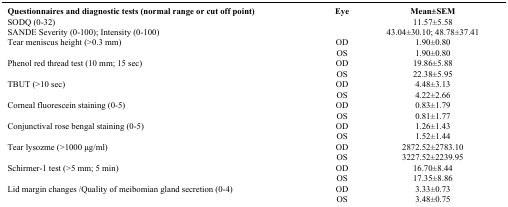
<table><thead><tr><td><b>Questionnaires and diagnostic tests (normal range or cut off point)</b></td><td><b>Eye</b></td><td><b>Mean±SEM</b></td></tr></thead><tbody><tr><td>SODQ (0-32)</td><td> </td><td>11.57±5.58</td></tr><tr><td>SANDE Severity (0-100); Intensity (0-100)</td><td> </td><td>43.04±30.10; 48.78±37.41</td></tr><tr><td>Tear meniscus height (&gt;0.3 mm)</td><td>OD</td><td>1.90±0.80</td></tr><tr><td> </td><td>OS</td><td>1.90±0.80</td></tr><tr><td>Phenol red thread test (10 mm; 15 sec)</td><td>OD</td><td>19.86±5.88</td></tr><tr><td> </td><td>OS</td><td>22.38±5.95</td></tr><tr><td>TBUT (&gt;10 sec)</td><td>OD</td><td>4.48±3.13</td></tr><tr><td> </td><td>OS</td><td>4.22±2.66</td></tr><tr><td>Corneal fluorescein staining (0-5)</td><td>OD</td><td>0.83±1.79</td></tr><tr><td> </td><td>OS</td><td>0.81±1.77</td></tr><tr><td>Conjunctival rose bengal staining (0-5)</td><td>OD</td><td>1.26±1.43</td></tr><tr><td> </td><td>OS</td><td>1.52±1.44</td></tr><tr><td>Tear lysozme (&gt;1000 μg/ml)</td><td>OD</td><td>2872.52±2783.10</td></tr><tr><td> </td><td>OS</td><td>3227.52±2239.95</td></tr><tr><td>Schirmer-1 test (&gt;5 mm; 5 min)</td><td>OD</td><td>16.70±8.44</td></tr><tr><td> </td><td>OS</td><td>17.35±8.86</td></tr><tr><td>Lid margin changes /Quality of meibomian gland secretion (0-4)</td><td>OD</td><td>3.33±0.73</td></tr><tr><td> </td><td>OS</td><td>3.48±0.75</td></tr></tbody></table>